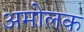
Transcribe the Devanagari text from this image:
अमोलक